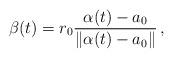
LaTeX: \begin{align*}\beta(t)=r_0\frac{\alpha(t)-a_0}{\Vert\alpha(t)-a_0\Vert}\,,\end{align*}